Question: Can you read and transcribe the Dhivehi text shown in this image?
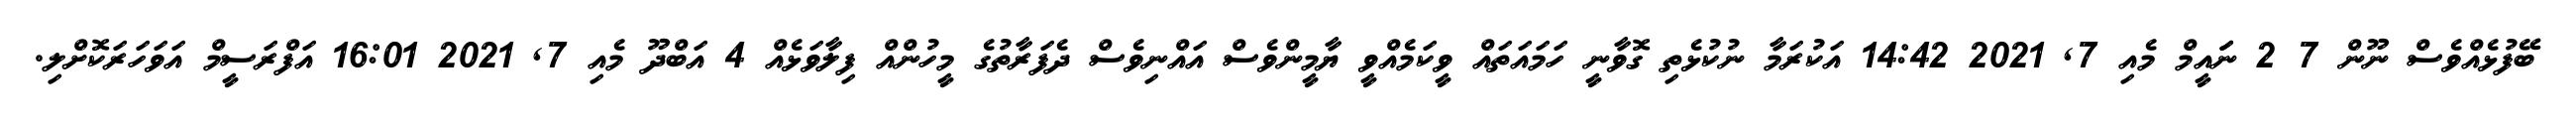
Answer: ބޭފުޅެއްވެސް ނޫން 7 2 ނަައީމް މެއި 7, 2021 14:42 އަކުރަމާ ނުކުޅެތި ގޮވާނީ ހަމައަތައް ވީކަމެއްވީ ޔާމީންވެސް އައްނިވެސް ދެފަރާތުގެ މީހުންއް ފިލާވަޅެއް 4 އަބްދޫ މެއި 7, 2021 16:01 އަފްރަސީމް އަވަހަރަކޮށްލި.